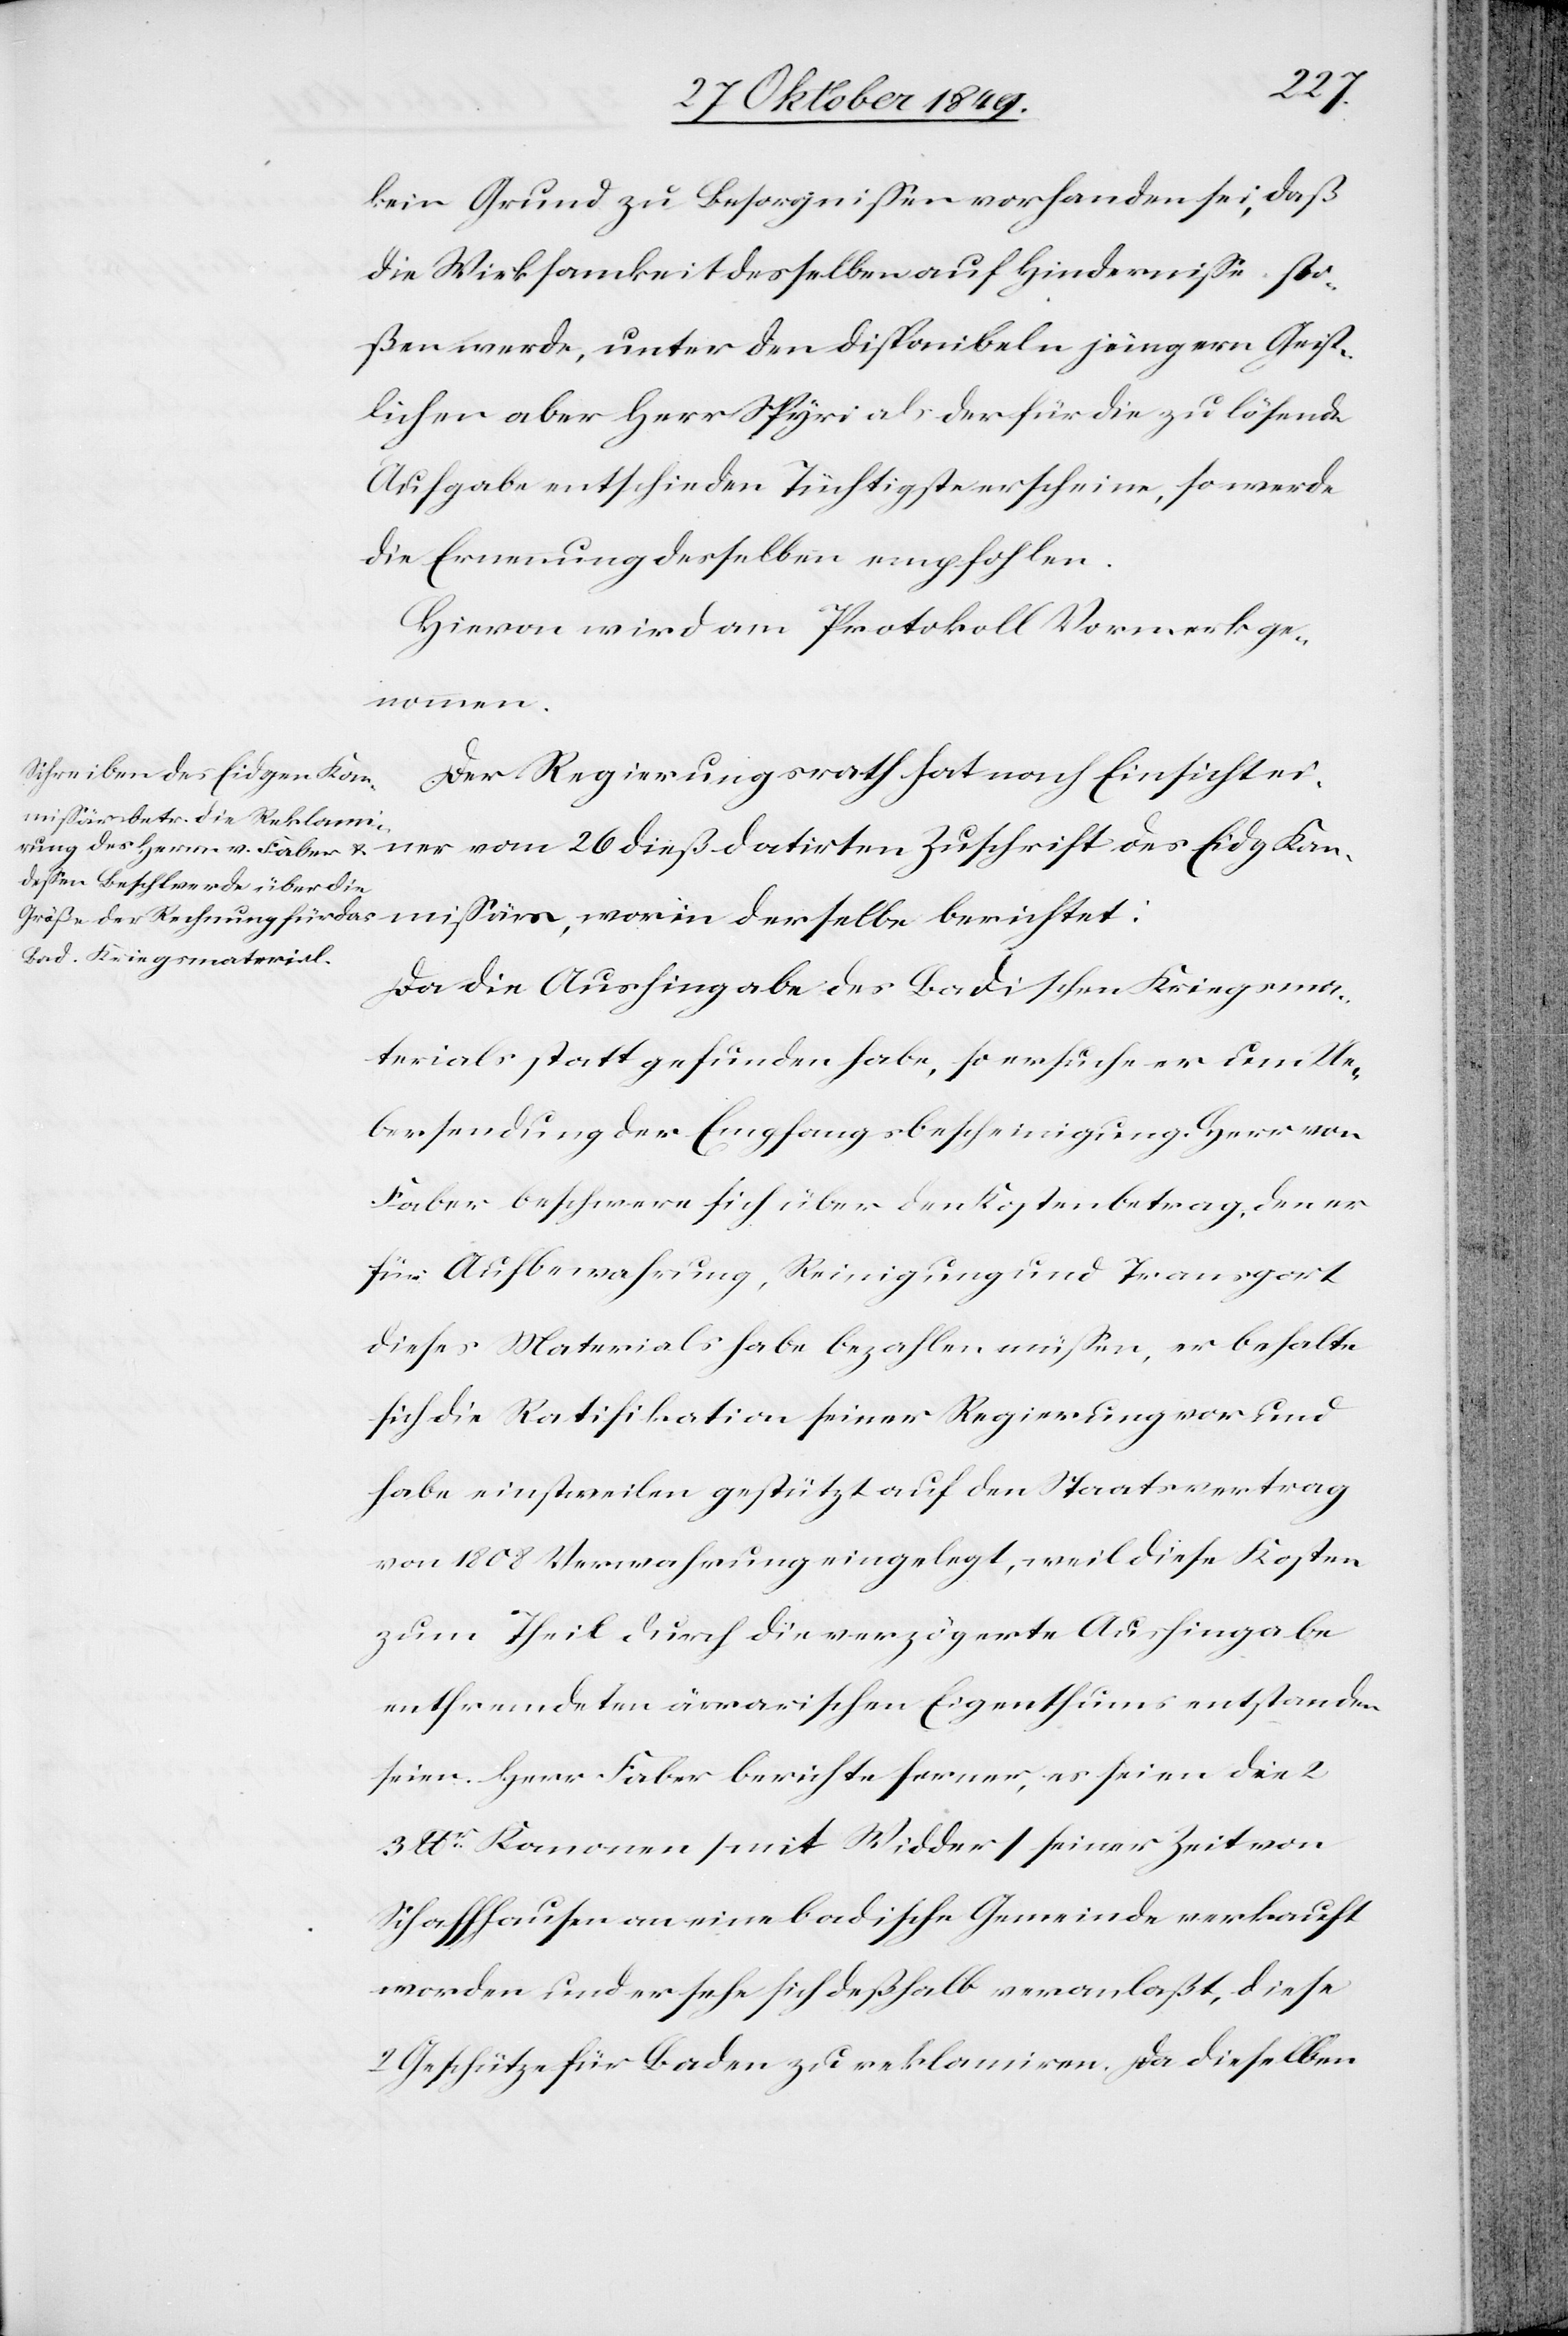
kein Grund zu Besorgnißen vorhanden sei, daß
die Wirksamkeit desselben auf Hinderniße sto¬
ßen werde, unter den disponibeln jüngern Geist¬
lichen aber Herr Spyri als der für die lösende
Aufgabe entschieden Tüchtigste erscheine, so werde
die Ernennung desselben empfohlen.
Hievon wird am Protokoll Vormerk ge¬
nommen.
Der Regierungsrath hat nach Einsicht einer
Kommißärs, worin derselbe berichtet:
Da die Aushingabe des Badischen Kriegsma¬
terials statt gefunden habe, so ersuche er um Ue¬
bersendung der Empfangsbescheinigung. Herr von
Faber beschwere sich über den Kostenbetrag, den er
für Aufbewahrung, Reinigung und Transport
dieses Materials habe bezahlen müßen, er behalte
sich die Ratifikation seiner Regierung vor und
habe einstweilen gestützt auf den Staatsvertrag
von 1808 Verwahrung eingelegt, weil diese Kosten
zum Theil durch die verzögerte Aushingabe
entfremdeten äerarischen Eigenthums entstanden
seien. Herr Faber berichte ferner, es seien die 2
3 lbr Kanonen [mit Widder] seiner Zeit von
Schaffhausen an eine badische Gemeinde verkauft
worden und er sehe sich deßhalb veranlaßt, diese
2 Geschütze für Baden zu reklamiren. Da dieselben